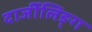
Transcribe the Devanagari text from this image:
दार्जीलिङ्ग